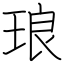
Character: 琅